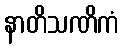
နာတိသဏိကံ